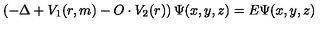
\left( - \Delta + V _ { 1 } ( r , m ) - O \cdot V _ { 2 } ( r ) \right) \Psi ( x , y , z ) = E \Psi ( x , y , z )